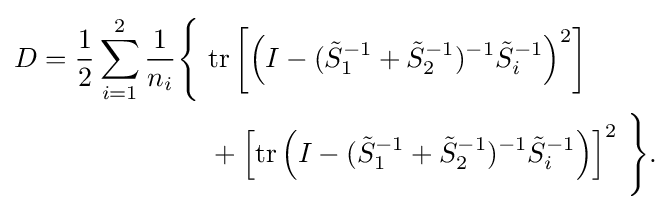
{\begin{aligned}D={\frac {1}{2}}\sum _{i=1}^{2}{\frac {1}{n_{i}}}{\Bigg \{}\ &\mathrm {tr} \left[{\left(I-({\tilde {S}}_{1}^{-1}+{\tilde {S}}_{2}^{-1})^{-1}{\tilde {S}}_{i}^{-1}\right)}^{2}\right]\\&{}+{\left[\mathrm {tr} \left(I-({\tilde {S}}_{1}^{-1}+{\tilde {S}}_{2}^{-1})^{-1}{\tilde {S}}_{i}^{-1}\right)\right]}^{2}\ {\Bigg \}}.\\\end{aligned}}